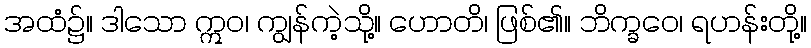
အထံ၌။ ဒါသော ဣဝ၊ ကျွန်ကဲ့သို့။ ဟောတိ၊ ဖြစ်၏။ ဘိက္ခဝေ၊ ရဟန်းတို့။